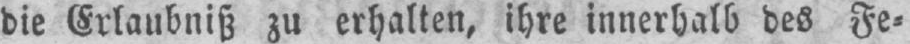
die Erlaubniß zu erhalten, ihre innerhalb des Fe⸗